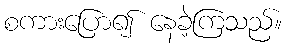
စကားပြော၍ နေခဲ့ကြသည်။